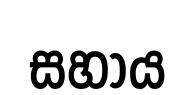
සහාය